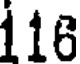
116